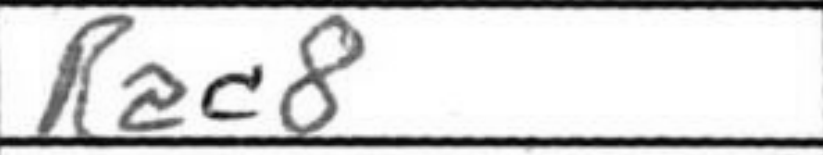
Transcription: Rac8